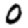
Digit: 0